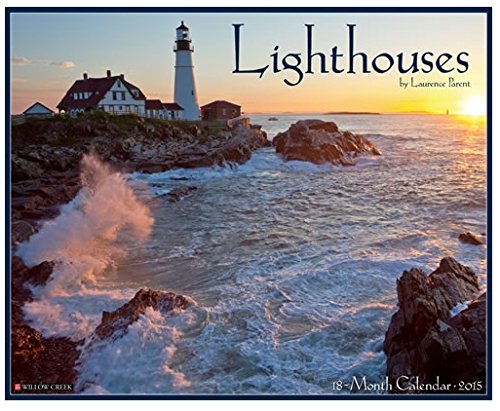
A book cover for Lighthouses 2015 Wall Calendar Willow Creek Press; Calendars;